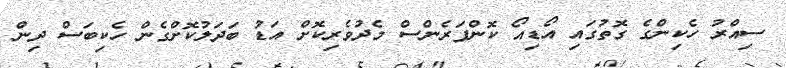
ސިއްރު ހެކިންގެ ގޮތުގައި އޯޑިއޯ ކޮންފަރެންސް މެދުވެރިކޮށް އަޑު ބަދަލުކޮށްގެން ހެކިބަސް ދިން